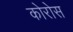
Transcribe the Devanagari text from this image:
कोरोस